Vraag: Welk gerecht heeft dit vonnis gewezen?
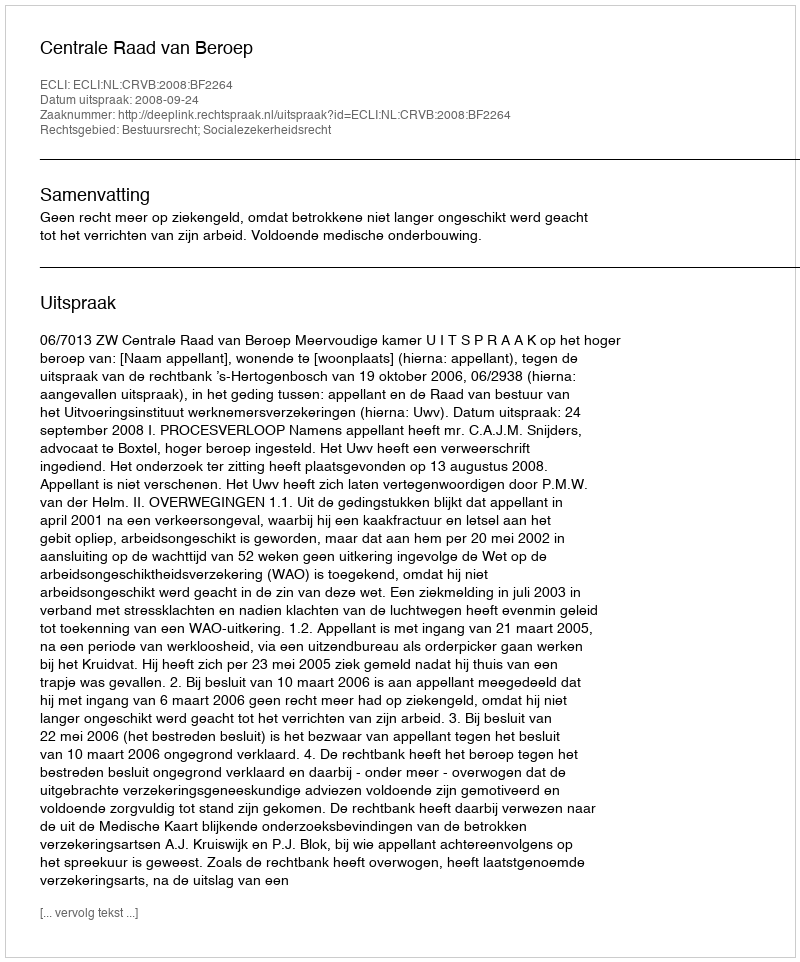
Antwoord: Centrale Raad van Beroep